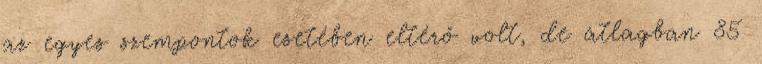
az egyes szempontok esetében eltérő volt, de átlagban 85